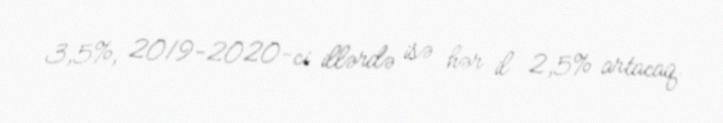
3,5%, 2019-2020-ci illərdə isə hər il 2,5% artacaq.